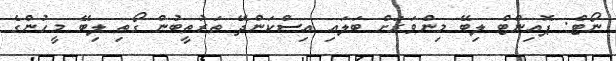
ނޯޓް: ޕޮއިންޓް ލިބޭ މިންވަރަށް ބަލައި އިސްކަންދޭ ތަރުތީބުން ގޯތި ލިބޭ މީހުންގެ